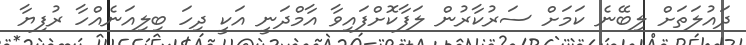
ދައުލަތަށް ލިބޭނެ ކަމަށް ސަރުކާރުން ލަފާކޮށްފައިވާ އާމްދަނީ އަކީ ދިހަ ބިލިއަނެއްހާ ރުފިޔާ